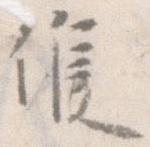
候